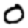
Digit: 0